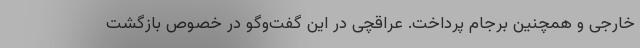
خارجی و همچنین برجام پرداخت. عراقچی در این گفت‌وگو در خصوص بازگشت